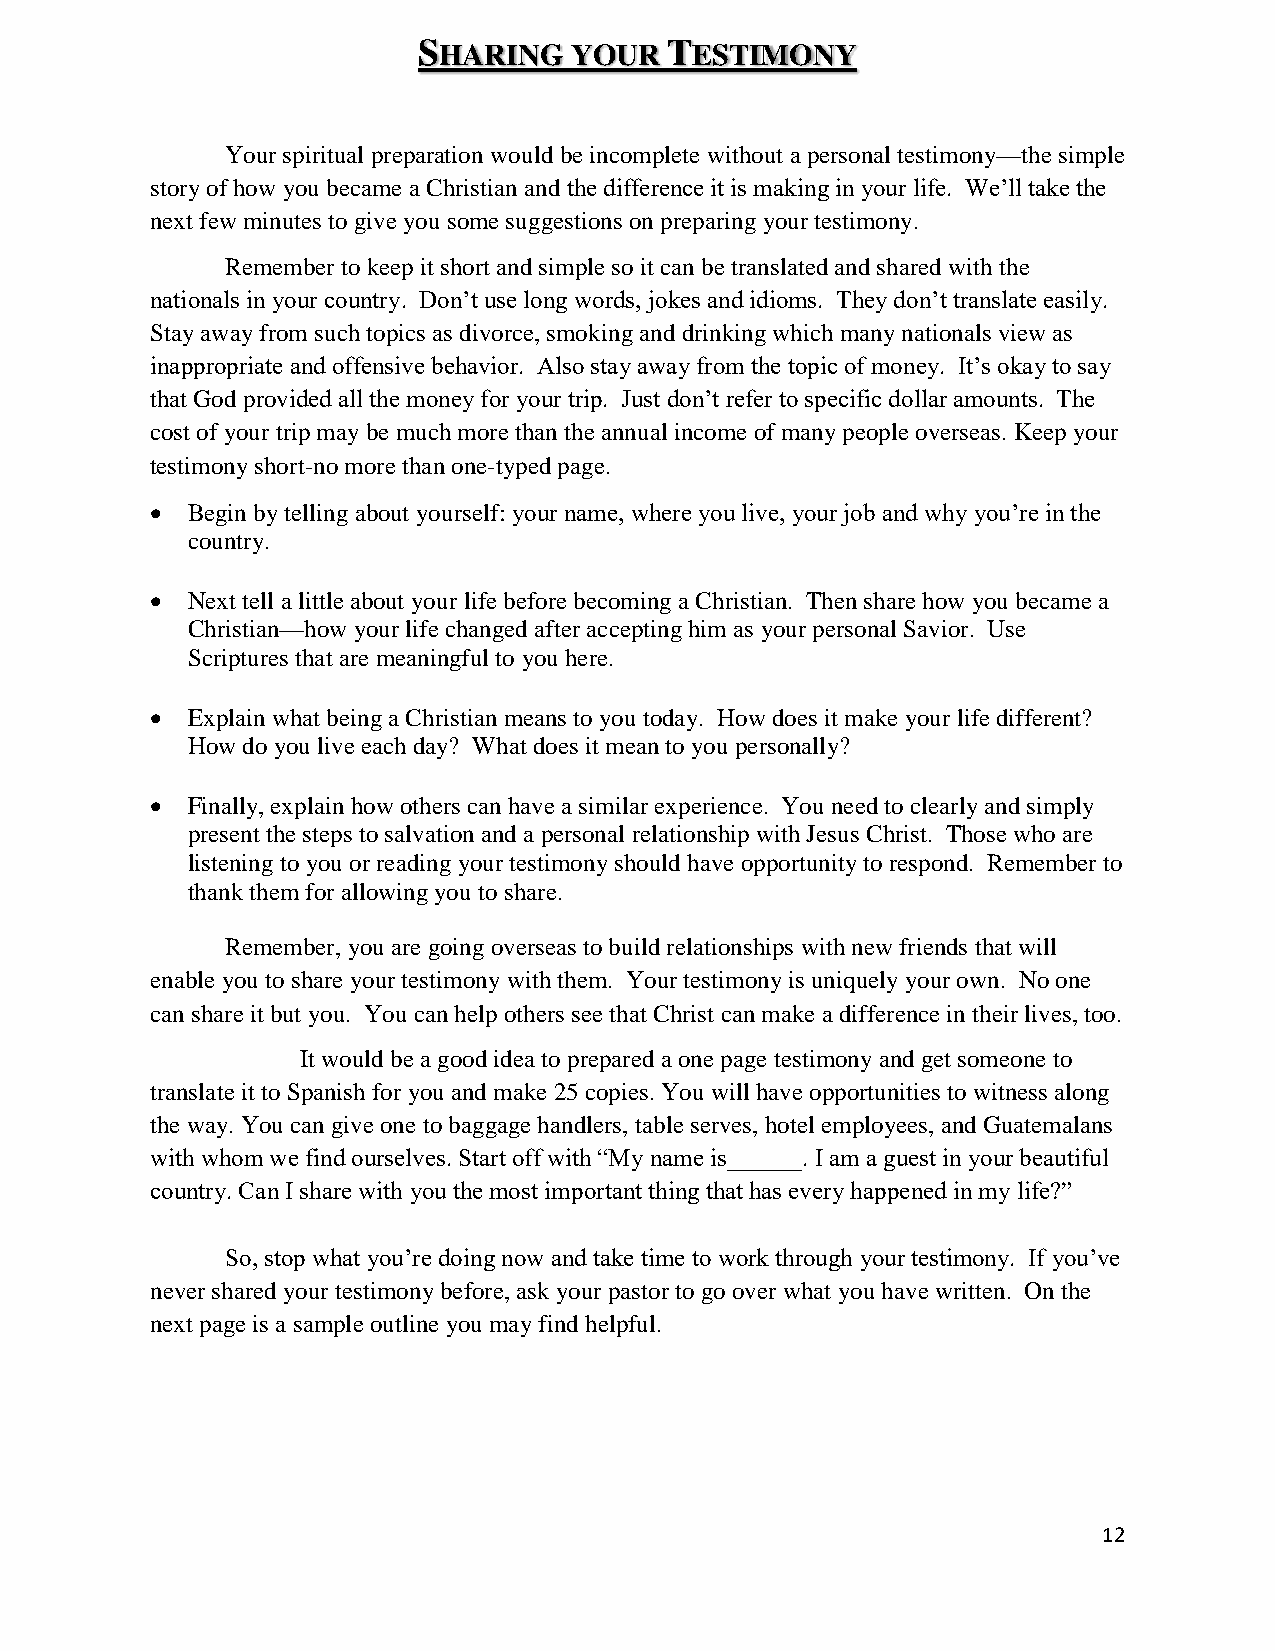
SHARING   YOUR  TESTIMONY
 Your spiritual preparation would be incomplete without a personal testimony—the simple
 story of how you became a Christian and the difference it is making in your life. We’ll take the
 next few minutes to give you some suggestions on preparing your testimony.
 Remember to keep it short and simple so it can be translated and shared with the
 nationals in your country. Don’t use long words, jokes and idioms. They don’t translate easily.
 Stay away from such topics as divorce, smoking and drinking which many nationals view as
 inappropriate and offensive behavior. Also stay away from the topic of money. It’s okay to say
 that God provided all the money for your trip. Just don’t refer to specific dollar amounts. The
 cost of your trip may be much more than the annual income of many people overseas. Keep your
 testimony short-no more than one-typed page.
  Begin by telling about yourself: your name, where you live, your job and why you’re in the
 country.
  Next tell a little about your life before becoming a Christian. Then share how you became a
 Christian—how your life changed after accepting him as your personal Savior. Use
 Scriptures that are meaningful to you here.
  Explain what being a Christian means to you today. How does it make your life different?
 How do you live each day? What does it mean to you personally?
  Finally, explain how others can have a similar experience. You need to clearly and simply
 present the steps to salvation and a personal relationship with Jesus Christ. Those who are
 listening to you or reading your testimony should have opportunity to respond. Remember to
 thank them for allowing you to share.
 Remember, you are going overseas to build relationships with new friends that will
 enable you to share your testimony with them. Your testimony is uniquely your own. No one
 can share it but you. You can help others see that Christ can make a difference in their lives, too.
 It would be a good idea to prepared a one page testimony and get someone to
 translate it to Spanish for you and make 25 copies. You will have opportunities to witness along
 the way. You can give one to baggage handlers, table serves, hotel employees, and Guatemalans
 with whom we find ourselves. Start off with “My name is______. I am a guest in your beautiful
 country. Can I share with you the most important thing that has every happened in my life?”
 So, stop what you’re doing now and take time to work through your testimony. If you’ve
 never shared your testimony before, ask your pastor to go over what you have written. On the
 next page is a sample outline you may find helpful.
 12